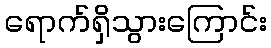
ရောက်ရှိသွားကြောင်း